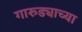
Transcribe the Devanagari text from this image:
गारुड्याच्या